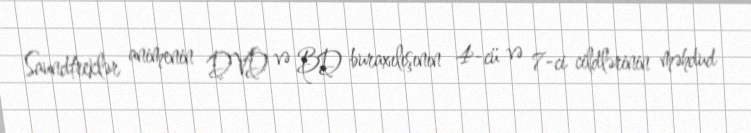
Saundtreklər animenin DVD və BD buraxılışının 4-cü və 7-ci cildlərinin məhdud